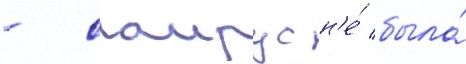
- саирус н'е́ была́